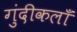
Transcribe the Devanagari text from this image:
गुंदीकलाँ